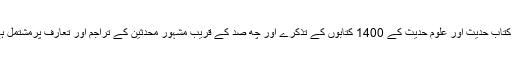
یہ کتاب حدیث اور علوم حدیث کے 1400 کتابوں کے تذکرے اور چھ صد کے قریب مشہور محدثین کے تراجم اور تعارف پرمشتمل ہے۔